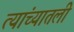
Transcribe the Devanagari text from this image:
त्यांच्यातली